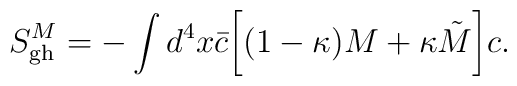
S^M_{\rm gh}=-\int d^4x{\bar c}\biggl[(1-\kappa)M+\kappa\tilde M\biggr]c.